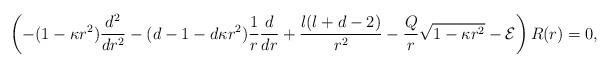
LaTeX: \begin{align*} \left(-(1-\kappa r^2) \frac{d^2}{dr^2} - (d-1-d\kappa r^2)\frac{1}{r} \frac{d}{dr} + \frac{l(l+d-2)}{r^2} - \frac{Q}{r} \sqrt{1-\kappa r^2} - {\cal E}\right) R(r) = 0, \end{align*}